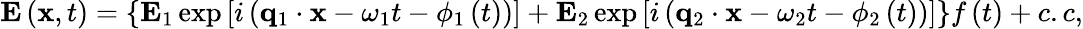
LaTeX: \mathbf{E}\left(\mathbf{x},t\right)=\left\{ \mathbf{E}_{1}\exp\left[i\left(\mathbf{q}_{1}\cdot\mathbf{x}-\omega_{1}t-\phi_{1}\left(t\right)\right)\right]+\mathbf{E}_{2}\exp\left[i\left(\mathbf{q}_{2}\cdot\mathbf{x}-\omega_{2}t-\phi_{2}\left(t\right)\right)\right]\right\} f\left(t\right)+c.c,